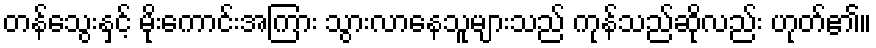
တန်သွေးနှင့် မိုးကောင်းအကြား သွားလာနေသူများသည် ကုန်သည်ဆိုလည်း ဟုတ်၏။